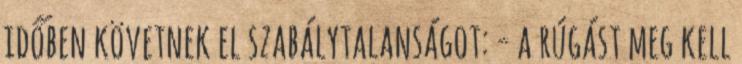
időben követnek el szabálytalanságot: - a rúgást meg kell